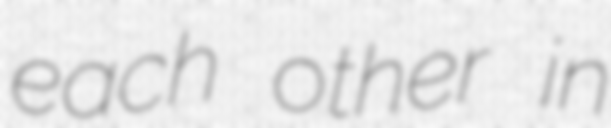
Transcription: each other in